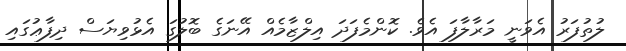
ލުތުފަރު އެވަނީ މަރާލާފަ އެވެ. ކޮންމެފަދަ އިލްޒާމެއް އޭނަގެ ބޮލުގަ އެޅުވިޔަސް ދިފާޢުގައި